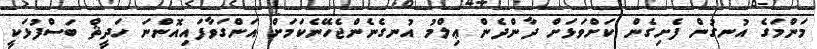
މަންމަގެ އުނގުން ފެށިގެން ކަށްވަޅަށް ދާންދެން ޢިލްމު އުނގެނެންޖެހޭނެކަމަށް އަންގަވާފައިއޮންނަ ހަދީޘް ބަސްފުޅަކީ